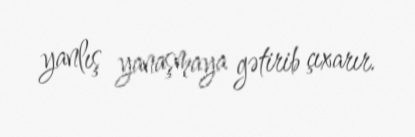
yanlış yanaşmaya gətirib çıxarır.